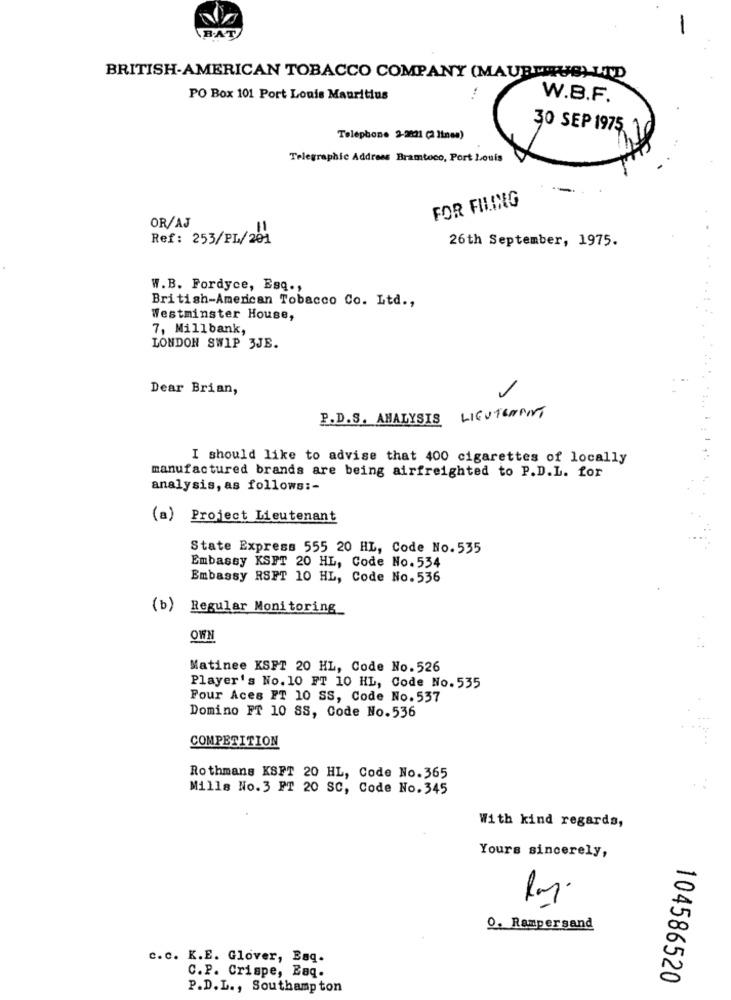
B.AT
BRITISH-AMERICAN TOBACCO COMPANY (MAURITIUS) LTD
PO Box 101 Port Louis Mauritius
W.B.F.
30 SEP 1975,
Telephone 2-2821 (2 lines)
Telegraphic Address Bramtoco, Port Louis
FOR FILING
OR/AJ
Ref: 253/PL/201
26th September, 1975.
W.B. Fordyce, Esq .,
British-American Tobacco Co. Ltd .,
Westminster House,
7, Millbank,
LONDON SWIP 3JE.
Dear Brian,
P.D.S. ANALYSIS LIEUTENANT
I should like to advise that 400 cigarettes of locally
manufactured brands are being airfreighted to P.D.L. for
analysis, as follows :-
(a) Project Lieutenant
State Express 555 20 HL, Code No. 535
Embassy KSFT 20 HL, Code No. 534
Embassy RSFT 10 HL, Code No. 536
(b)
Regular Monitoring
OWN
Matinee KSFT 20 HL, Code No. 526
Player's No. 10 FT 10 HL, Code No. 535
Pour Aces FT 10 SS, Code No. 537
Domino FT 10 SS, Code No.536
COMPETITION
Rothmans KSFT 20 HL, Code No. 365
Mills No. 3 PT 20 SC, Code No. 345
With kind regards,
Yours sincerely,
O. Rampersand
c. c. K.E. Glover, Baq.
C.P. Crispe, Eaq.
104586520
P.D.L ., Southampton